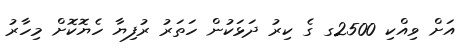
އަށް ވިއްކި 2500ގ ގެ ކިރު ދަޅަކުން ހަތަރު ރުފިޔާ ހެޔޮކޮށް މިހާރު